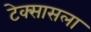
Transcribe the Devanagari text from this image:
टेक्सासला